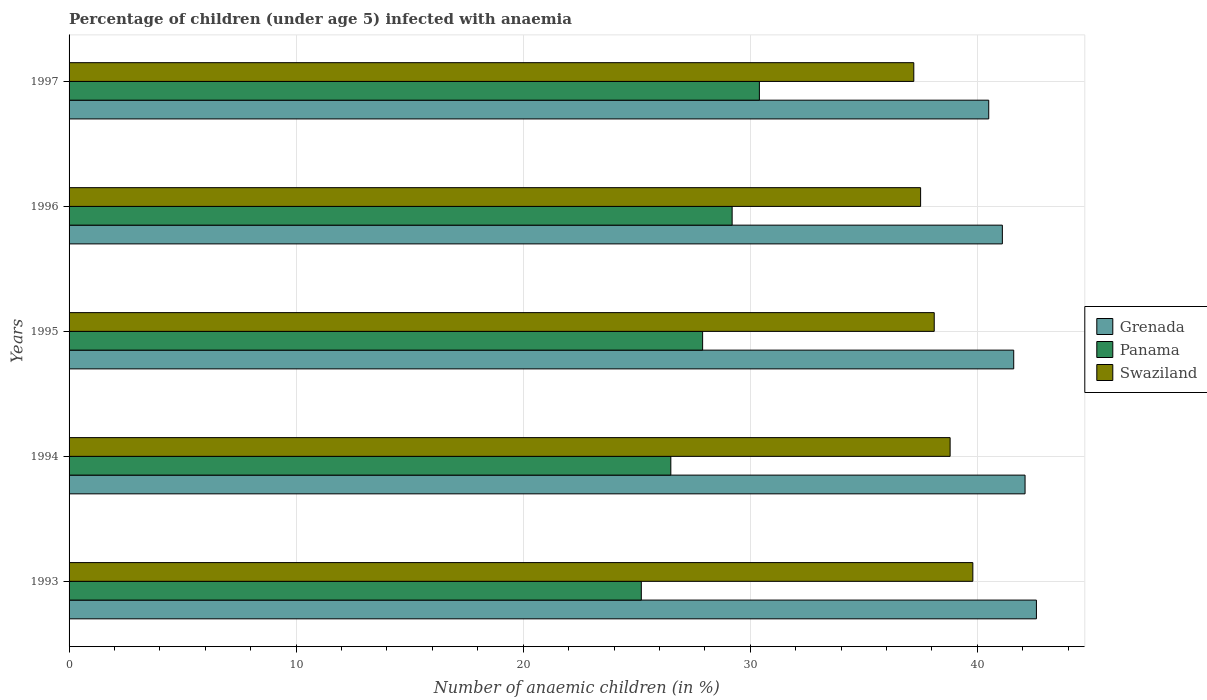
| Years | Grenada | Panama | Swaziland |
 | --- | --- | --- | --- |
 | 1993 | 42.6 | 25.2 | 39.8 |
 | 1994 | 42.1 | 26.5 | 38.8 |
 | 1995 | 41.6 | 27.9 | 38.1 |
 | 1996 | 41.1 | 29.2 | 37.5 |
 | 1997 | 40.5 | 30.4 | 37.2 |